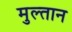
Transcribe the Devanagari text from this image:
मुल्‍तान